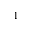
1